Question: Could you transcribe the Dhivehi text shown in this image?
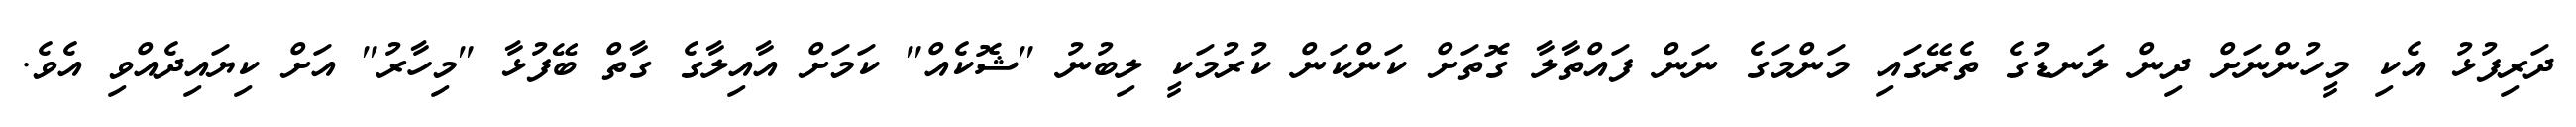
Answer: ދަރިފުޅު އެކި މީހުންނަށް ދިން ލަނޑުގެ ތެރޭގައި މަންމަގެ ނަން ފައްތާލާ ގޮތަށް ކަންކަން ކުރުމަކީ ލިބުނު "ޝޮކެއް" ކަމަށް އާއިލާގެ ގާތް ބޭފުޅާ "މިހާރު" އަށް ކިޔައިދެއްވި އެވެ.